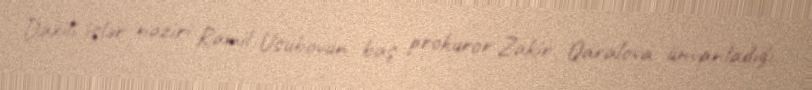
Daxili işlər naziri Ramil Usubovun baş prokuror Zakir Qaralova ünvanladığı